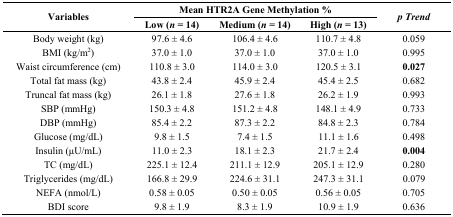
<table><thead><tr><td rowspan="2"><b>Variables</b></td><td colspan="3"><b>Mean HTR2A Gene Methylation %</b></td><td rowspan="2"><b><i>p</i><i>Trend</i></b></td></tr><tr><td><b>Low (<i>n</i> = 14)</b></td><td><b>Medium (<i>n</i> = 14)</b></td><td><b>High (<i>n</i> = 13)</b></td></tr></thead><tbody><tr><td>Body weight (kg)</td><td>97.6 ± 4.6</td><td>106.4 ± 4.6</td><td>110.7 ± 4.8</td><td>0.059</td></tr><tr><td>BMI (kg/m<sup>2</sup>)</td><td>37.0 ± 1.0</td><td>37.0 ± 1.0</td><td>37.0 ± 1.0</td><td>0.995</td></tr><tr><td>Waist circumference (cm)</td><td>110.8 ± 3.0</td><td>114.0 ± 3.0</td><td>120.5 ± 3.1</td><td><b>0.027</b></td></tr><tr><td>Total fat mass (kg)</td><td>43.8 ± 2.4</td><td>45.9 ± 2.4</td><td>45.4 ± 2.5</td><td>0.682</td></tr><tr><td>Truncal fat mass (kg)</td><td>26.1 ± 1.8</td><td>27.6 ± 1.8</td><td>26.2 ± 1.9</td><td>0.993</td></tr><tr><td>SBP (mmHg)</td><td>150.3 ± 4.8</td><td>151.2 ± 4.8</td><td>148.1 ± 4.9</td><td>0.733</td></tr><tr><td>DBP (mmHg)</td><td>85.4 ± 2.2</td><td>87.3 ± 2.2</td><td>84.8 ± 2.3</td><td>0.784</td></tr><tr><td>Glucose (mg/dL)</td><td>9.8 ± 1.5</td><td>7.4 ± 1.5</td><td>11.1 ± 1.6</td><td>0.498</td></tr><tr><td>Insulin (μU/mL)</td><td>11.0 ± 2.3</td><td>18.1 ± 2.3</td><td>21.7 ± 2.4</td><td><b>0.004</b></td></tr><tr><td>TC (mg/dL)</td><td>225.1 ± 12.4</td><td>211.1 ± 12.9</td><td>205.1 ± 12.9</td><td>0.280</td></tr><tr><td>Triglycerides (mg/dL)</td><td>166.8 ± 29.9</td><td>224.6 ± 31.1</td><td>247.3 ± 31.1</td><td>0.079</td></tr><tr><td>NEFA (nmol/L)</td><td>0.58 ± 0.05</td><td>0.50 ± 0.05</td><td>0.56 ± 0.05</td><td>0.705</td></tr><tr><td>BDI score</td><td>9.8 ± 1.9</td><td>8.3 ± 1.9</td><td>10.9 ± 1.9</td><td>0.636</td></tr></tbody></table>